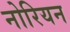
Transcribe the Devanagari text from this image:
नोरियन